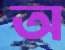
অ